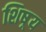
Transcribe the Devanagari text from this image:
शिष़्य